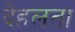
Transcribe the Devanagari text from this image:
देहलता